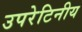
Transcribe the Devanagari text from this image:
उपरेटिनीय